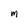
Character: m